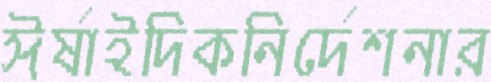
ঈর্ষাইদিকনির্দেশনার